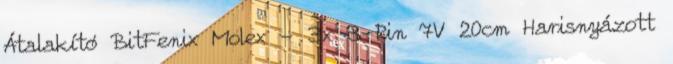
Átalakító BitFenix Molex - 3x 3-Pin 7V 20cm Harisnyázott